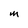
Character: M